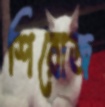
শিরোজ